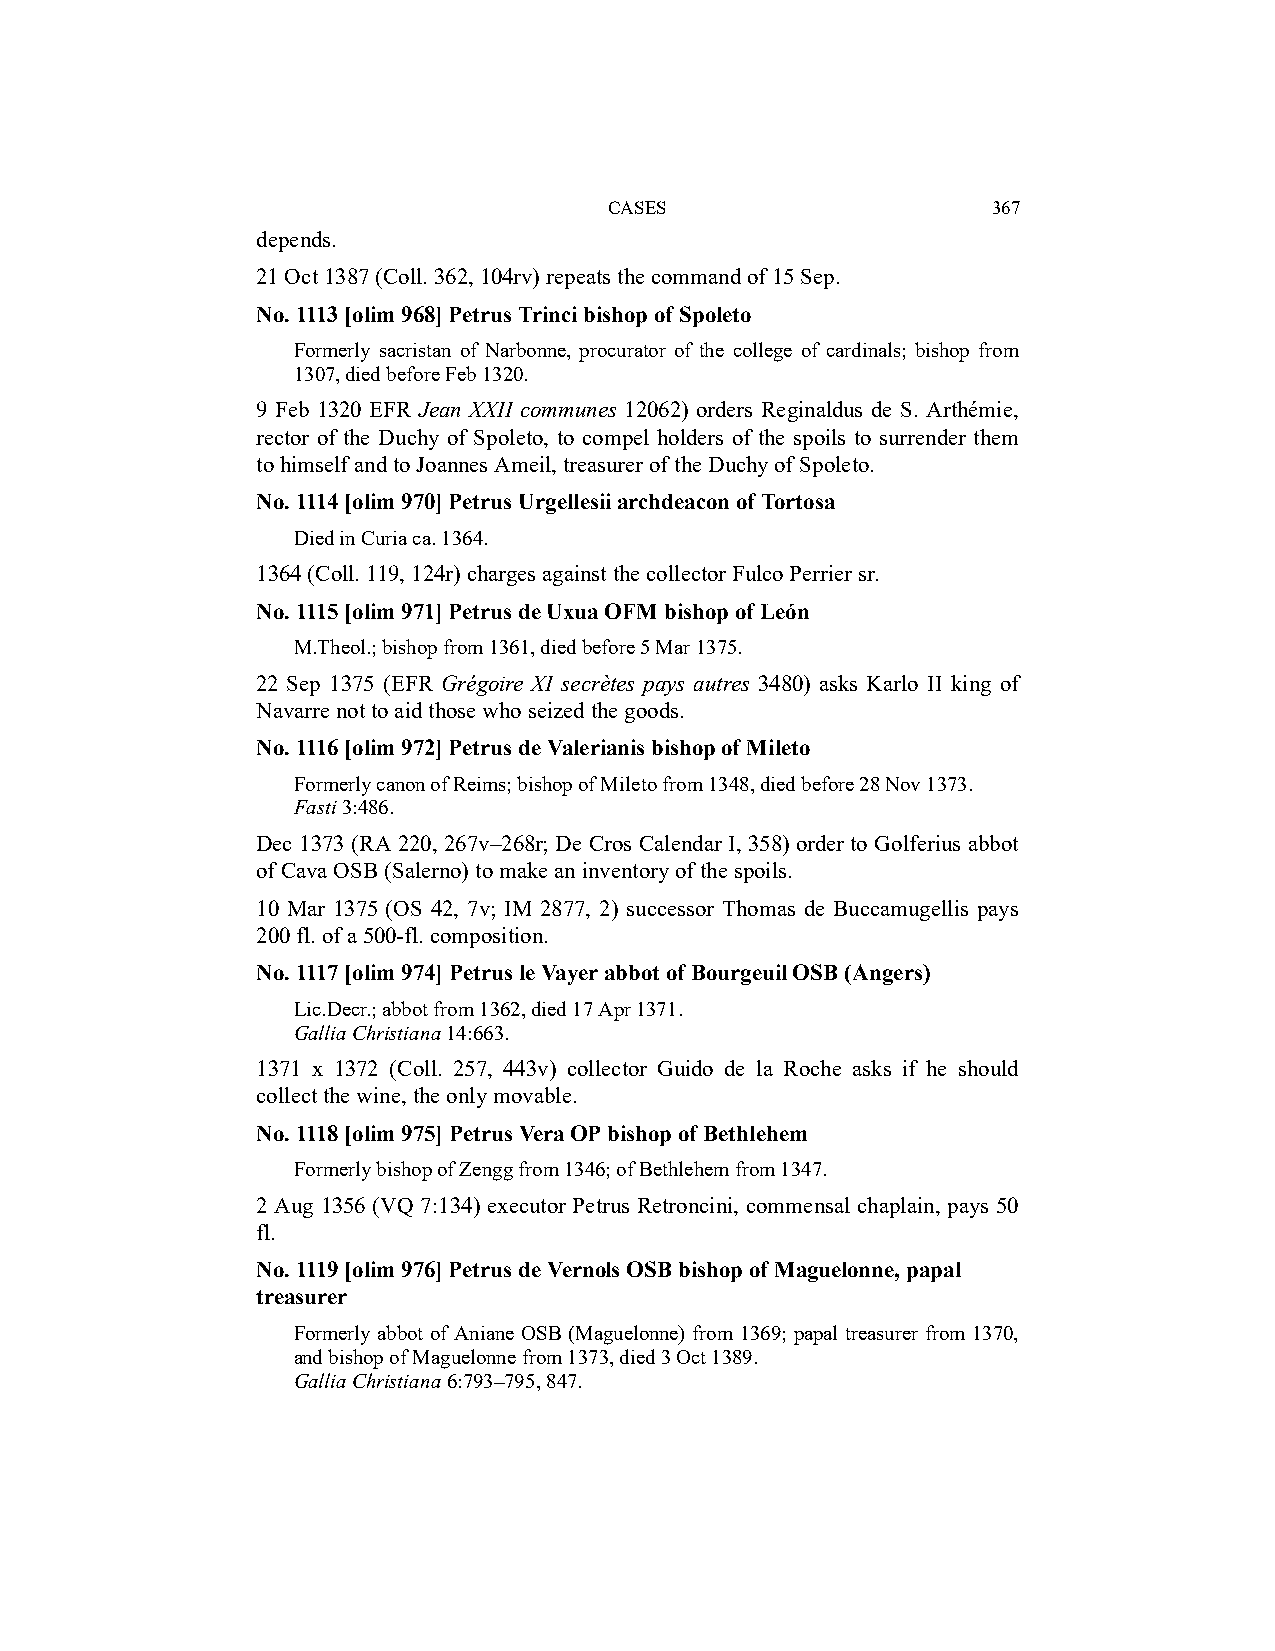
CASES                     367
 depends.
 21 Oct 1387 (Coll. 362, 104rv) repeats the command of 15 Sep.
 No. 1113 [olim 968] Petrus Trinci bishop of Spoleto
 Formerly sacristan of Narbonne, procurator of the college of cardinals; bishop from
 1307, died before Feb 1320.
 9 Feb 1320 EFR Jean XXII communes 12062) orders Reginaldus de S. Arthémie,
 rector of the Duchy of Spoleto, to compel holders of the spoils to surrender them
 to himself and to Joannes Ameil, treasurer of the Duchy of Spoleto.
 No. 1114 [olim 970] Petrus Urgellesii archdeacon of Tortosa
 Died in Curia ca. 1364.
 1364 (Coll. 119, 124r) charges against the collector Fulco Perrier sr.
 No. 1115 [olim 971] Petrus de Uxua OFM bishop of León
 M.Theol.; bishop from 1361, died before 5 Mar 1375.
 22 Sep 1375 (EFR Grégoire XI secrètes pays autres 3480) asks Karlo II king of
 Navarre not to aid those who seized the goods.
 No. 1116 [olim 972] Petrus de Valerianis bishop of Mileto
 Formerly canon of Reims; bishop of Mileto from 1348, died before 28 Nov 1373.
 Fasti 3:486.
 Dec 1373 (RA 220, 267v–268r; De Cros Calendar I, 358) order to Golferius abbot
 of Cava OSB (Salerno) to make an inventory of the spoils.
 10 Mar 1375 (OS 42, 7v; IM 2877, 2) successor Thomas de Buccamugellis pays
 200 fl. of a 500-fl. composition.
 No. 1117 [olim 974] Petrus le Vayer abbot of Bourgeuil OSB (Angers)
 Lic.Decr.; abbot from 1362, died 17 Apr 1371.
 Gallia Christiana 14:663.
 1371 x 1372 (Coll. 257, 443v) collector Guido de la Roche asks if he should
 collect the wine, the only movable.
 No. 1118 [olim 975] Petrus Vera OP bishop of Bethlehem
 Formerly bishop of Zengg from 1346; of Bethlehem from 1347.
 2 Aug 1356 (VQ 7:134) executor Petrus Retroncini, commensal chaplain, pays 50
 fl.
 No. 1119 [olim 976] Petrus de Vernols OSB bishop of Maguelonne, papal
 treasurer
 Formerly abbot of Aniane OSB (Maguelonne) from 1369; papal treasurer from 1370,
 and bishop of Maguelonne from 1373, died 3 Oct 1389.
 Gallia Christiana 6:793–795, 847.